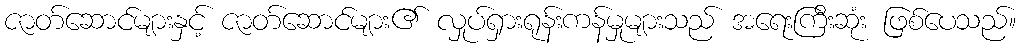
ဇာတ်ဆောင်များနှင့် ဇာတ်ဆောင်များ၏ လှုပ်ရှားရုန်းကန်မှုများသည် အရေးကြီးဆုံး ဖြစ်ပေသည်။